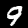
Digit: 9